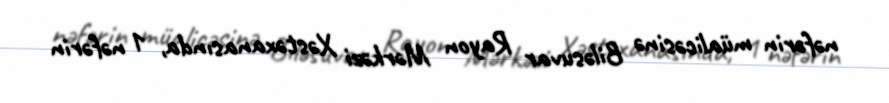
nəfərin müalicəsinə Biləsuvar Rayon Mərkəzi Xəstəxanasında, 1 nəfərin